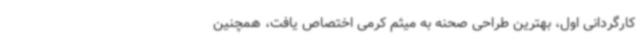
کارگردانی اول، بهترین طراحی صحنه به میثم کرمی اختصاص یافت، همچنین